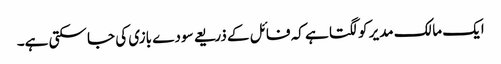
ایک مالک مدیر کو لگتا ہے کہ فائل کے ذریعے سودے بازی کی جا سکتی ہے۔